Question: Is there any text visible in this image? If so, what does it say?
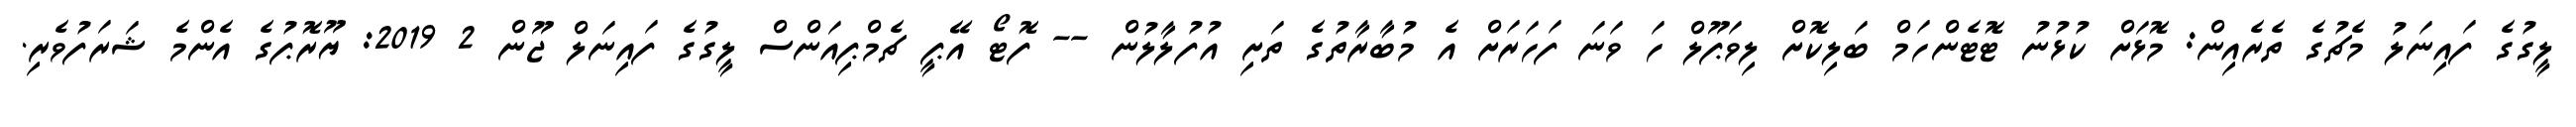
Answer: ލީގުގެ ފައިނަލު މެޗުގެ ތެރެއިން: މޮޅަށް ކުޅުނު ޓޮޓެންހަމް ބަލިކޮށް ލިވަޕޫލް ހަ ވަނަ ފަހަރަށް އެ މުބާރާތުގެ ތަށި އުފުލާލުން -- ފޮޓޯ އޭޕީ ޗެމްޕިއަންސް ލީގުގެ ފައިނަލް ޖޫން 2 2019: ޔޫރޮޕުގެ އެންމެ ޝަރަފުވެރި.